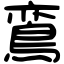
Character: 鵉